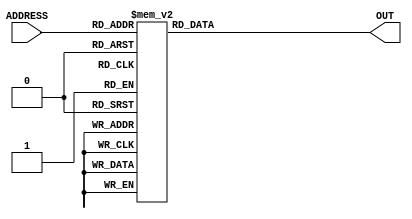
module rom(ADDRESS, OUT);
    input [3:0]ADDRESS;
    output reg [7:0]OUT;

    parameter MEM_0 = 8'b1011_0011;
    parameter MEM_1 = 8'b1011_0110;
    parameter MEM_2 = 8'b1011_1100;
    parameter MEM_3 = 8'b1011_1000;
    parameter MEM_4 = 8'b1011_1000;
    parameter MEM_5 = 8'b1011_1100;
    parameter MEM_6 = 8'b1011_0110;
    parameter MEM_7 = 8'b1011_0011;
    parameter MEM_8 = 8'b1011_0001;
    parameter MEM_9 = 8'b1111_0000;
    parameter MEM_A = 8'b0000_0000;
    parameter MEM_B = 8'b0000_0000;
    parameter MEM_C = 8'b0000_0000;
    parameter MEM_D = 8'b0000_0000;
    parameter MEM_E = 8'b0000_0000;
    parameter MEM_F = 8'b0000_0000;

    always @(*) begin
        case(ADDRESS)
            8'h0: OUT <= MEM_0;
            8'h1: OUT <= MEM_1;
            8'h2: OUT <= MEM_2;
            8'h3: OUT <= MEM_3;
            8'h4: OUT <= MEM_4;
            8'h5: OUT <= MEM_5;
            8'h6: OUT <= MEM_6;
            8'h7: OUT <= MEM_7;
            8'h8: OUT <= MEM_8;
            8'h9: OUT <= MEM_9;
            8'ha: OUT <= MEM_A;
            8'hb: OUT <= MEM_B;
            8'hc: OUT <= MEM_C;
            8'hd: OUT <= MEM_D;
            8'he: OUT <= MEM_E;
            8'hf: OUT <= MEM_F;
        endcase
    end
endmodule